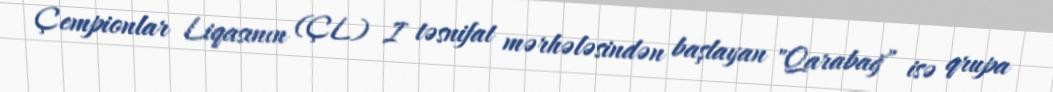
Çempionlar Liqasının (ÇL) I təsnifat mərhələsindən başlayan "Qarabağ” isə qrupa